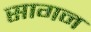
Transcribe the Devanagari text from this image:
सागन